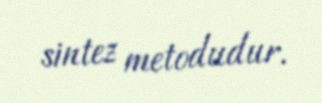
sintez metodudur.